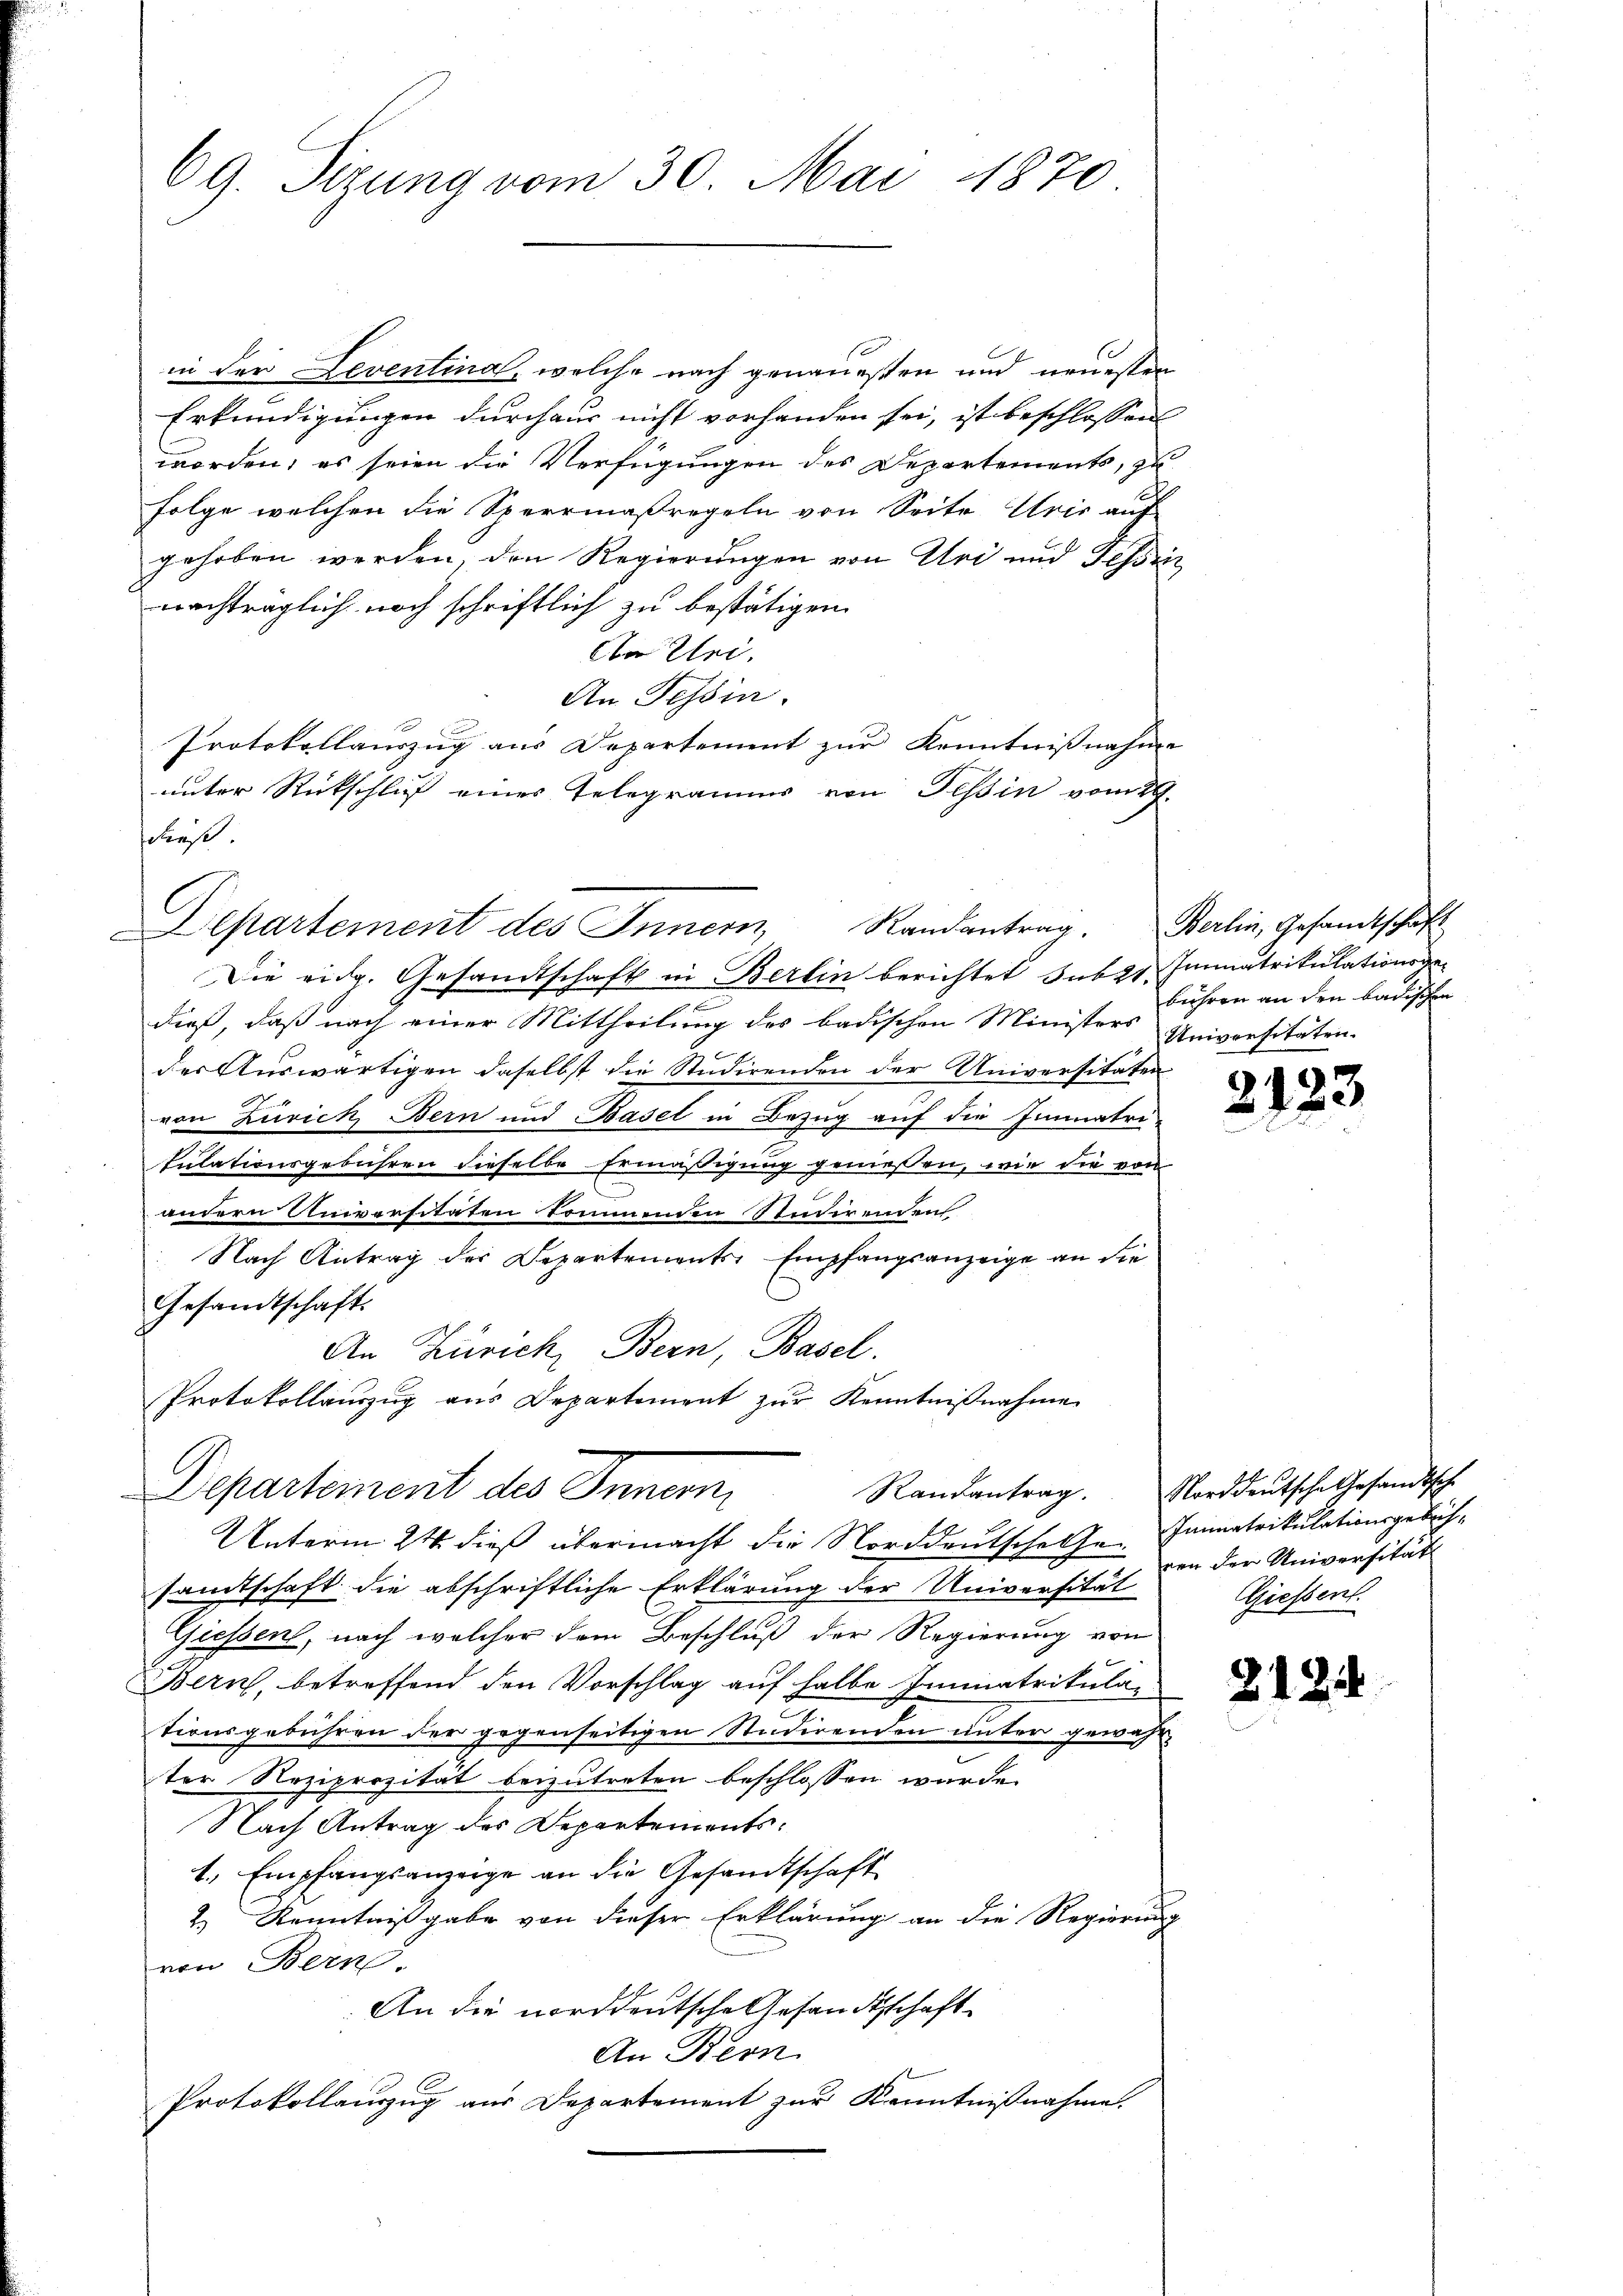
69. Sizung vom 30. Mai 1870.

in der Leventinal, welche nach genauesten und neuesten
Erkundigungen durchaus nicht vorhanden sei, ist beschlossen
worden, es seien die Verfügungen des Departements, zu
A
Folge welchen die Sperrmaßregeln von Seite Aris auf
gehoben werden, den Regierungen von Uri und Tessi
nachträglich noch schriftlich zu bestätigen.
Con Uri,
An Tessin.
Protokollauszug aus Departement zur Kenntnißnahme
unter Rückschluß eines Telegramms von Tessin vom 29.
Ließ.
Die eidg. Gesandtschaft in Berlin berichtet sub 21. Immatrikulationsgen
dieß, daß nach einer Mittheilung des badischen Ministers Universitäten-
der Auswärtigen daselbst die Studirenden der Universitäten
von Zürich Bern und Basel in Bezug auf die Immatri-

kulationsgebühren dieselbe Ermäßigung geniessen, wie die von
andern Universitäten kommenden Studirenden
Nach Antrag des Departements-Empfangsanzeige an die
Gesandtschaft.
An Zürich, Bern, Basel.
Protokollauszug aus Departement zŭr Kenntnißnahme
Departement des Innern,
Unterm 24. dieß übermacht die Norddeutschele. Jannatrikulationsgebühsamtschaft die abschriftliche Erklärung der Universität
Giessen, nach welcher dem Beschluß der Regierung von
Bern, betreffend den Vorschlag auf halbe Immatrikula-
tionsgebühren der gegenseitigen Studirenden unter gewahr-
ter Reziprozität beizutreten beschlossen wurde.
Nach Antrag des Departements:
1., Empfangsanzeige an die Gesandtschaft
2.) Kenntnißgabe von dieser Erklärung an die Regierung
von Bern
An die norddeutsche Gesandtschaft
An Bern
Protokollauszug aus Departement zur Kenntnißnahme.

Departement des Innern, Randantrag.

Berlin, Gesandtschaft
bühren an den badischen

21

123

Randantrag. Norddeutsche Gesandtsche
ven der Universität
Giessent.

2124